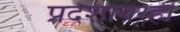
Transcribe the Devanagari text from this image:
प्रदेशावरही